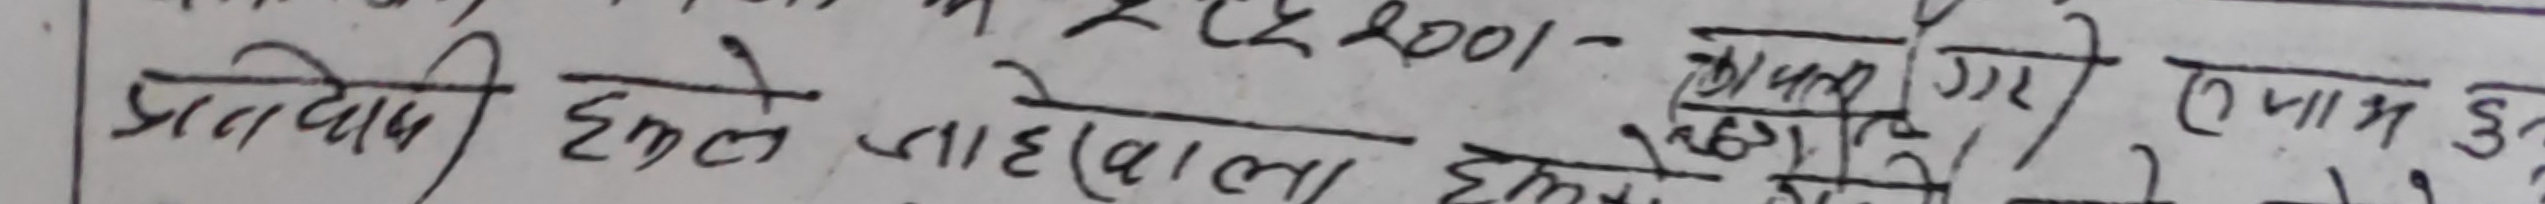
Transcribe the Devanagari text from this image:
प्रतिवादी हल्ले जाएवाला होंने कायम ६०/- गए तमाम हु